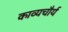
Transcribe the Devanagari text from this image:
काव्यचौर्य